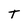
Character: T